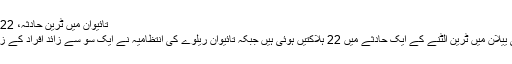
تائیوان میں ٹرین حادثہ، 22 افراد ہلاک سو سے زائد زخمی
تائیوان کی شمال مشرقی کاؤنٹی ییلان میں ٹرین الٹنے کے ایک حادثے میں 22 ہلاکتیں ہوئی ہیں جبکہ تائیوان ریلوے کی انتظامیہ نے ایک سو سے زائد افراد کے زخمی ہونے کی تصدیق کی ہے۔